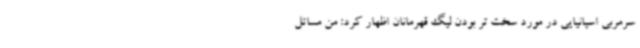
سرمربی اسپانیایی در مورد سخت تر بودن لیگ قهرمانان اظهار کرد: من مسائل